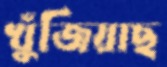
খুঁজিয়াছ